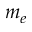
m _ { e }